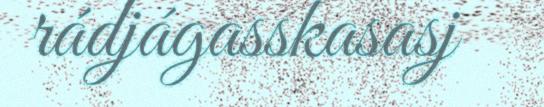
rádjágasskasasj